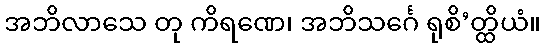
အဘိလာသေ တု ကိရဏေ၊ အဘိသင်္ဂေ ရုစိ’တ္ထိယံ။